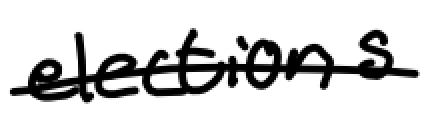
Text: elections
Cross-out: single-line
Writing tool: digital_black